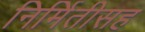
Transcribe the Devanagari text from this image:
निर्मितीसह